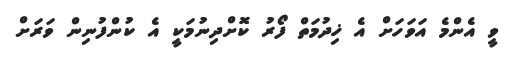
ވީ އެންމެ އަވަހަށް އެ ޚިދުމަތް ފޯރު ކޮށްދިނުމަކީ އެ ކުންފުނިން ވަަރަށް